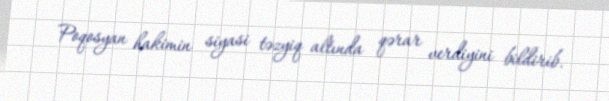
Poqosyan hakimin siyasi təzyiq altında qərar verdiyini bildirib.